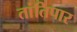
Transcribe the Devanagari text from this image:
तांतिपार